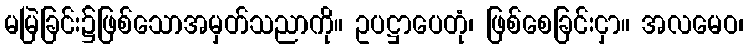
မမြဲခြင်း၌ဖြစ်သောအမှတ်သညာကို။ ဥပဋ္ဌာပေတုံ၊ ဖြစ်စေခြင်းငှာ။ အလမေဝ၊